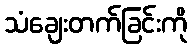
သံချေးတက်ခြင်းကို